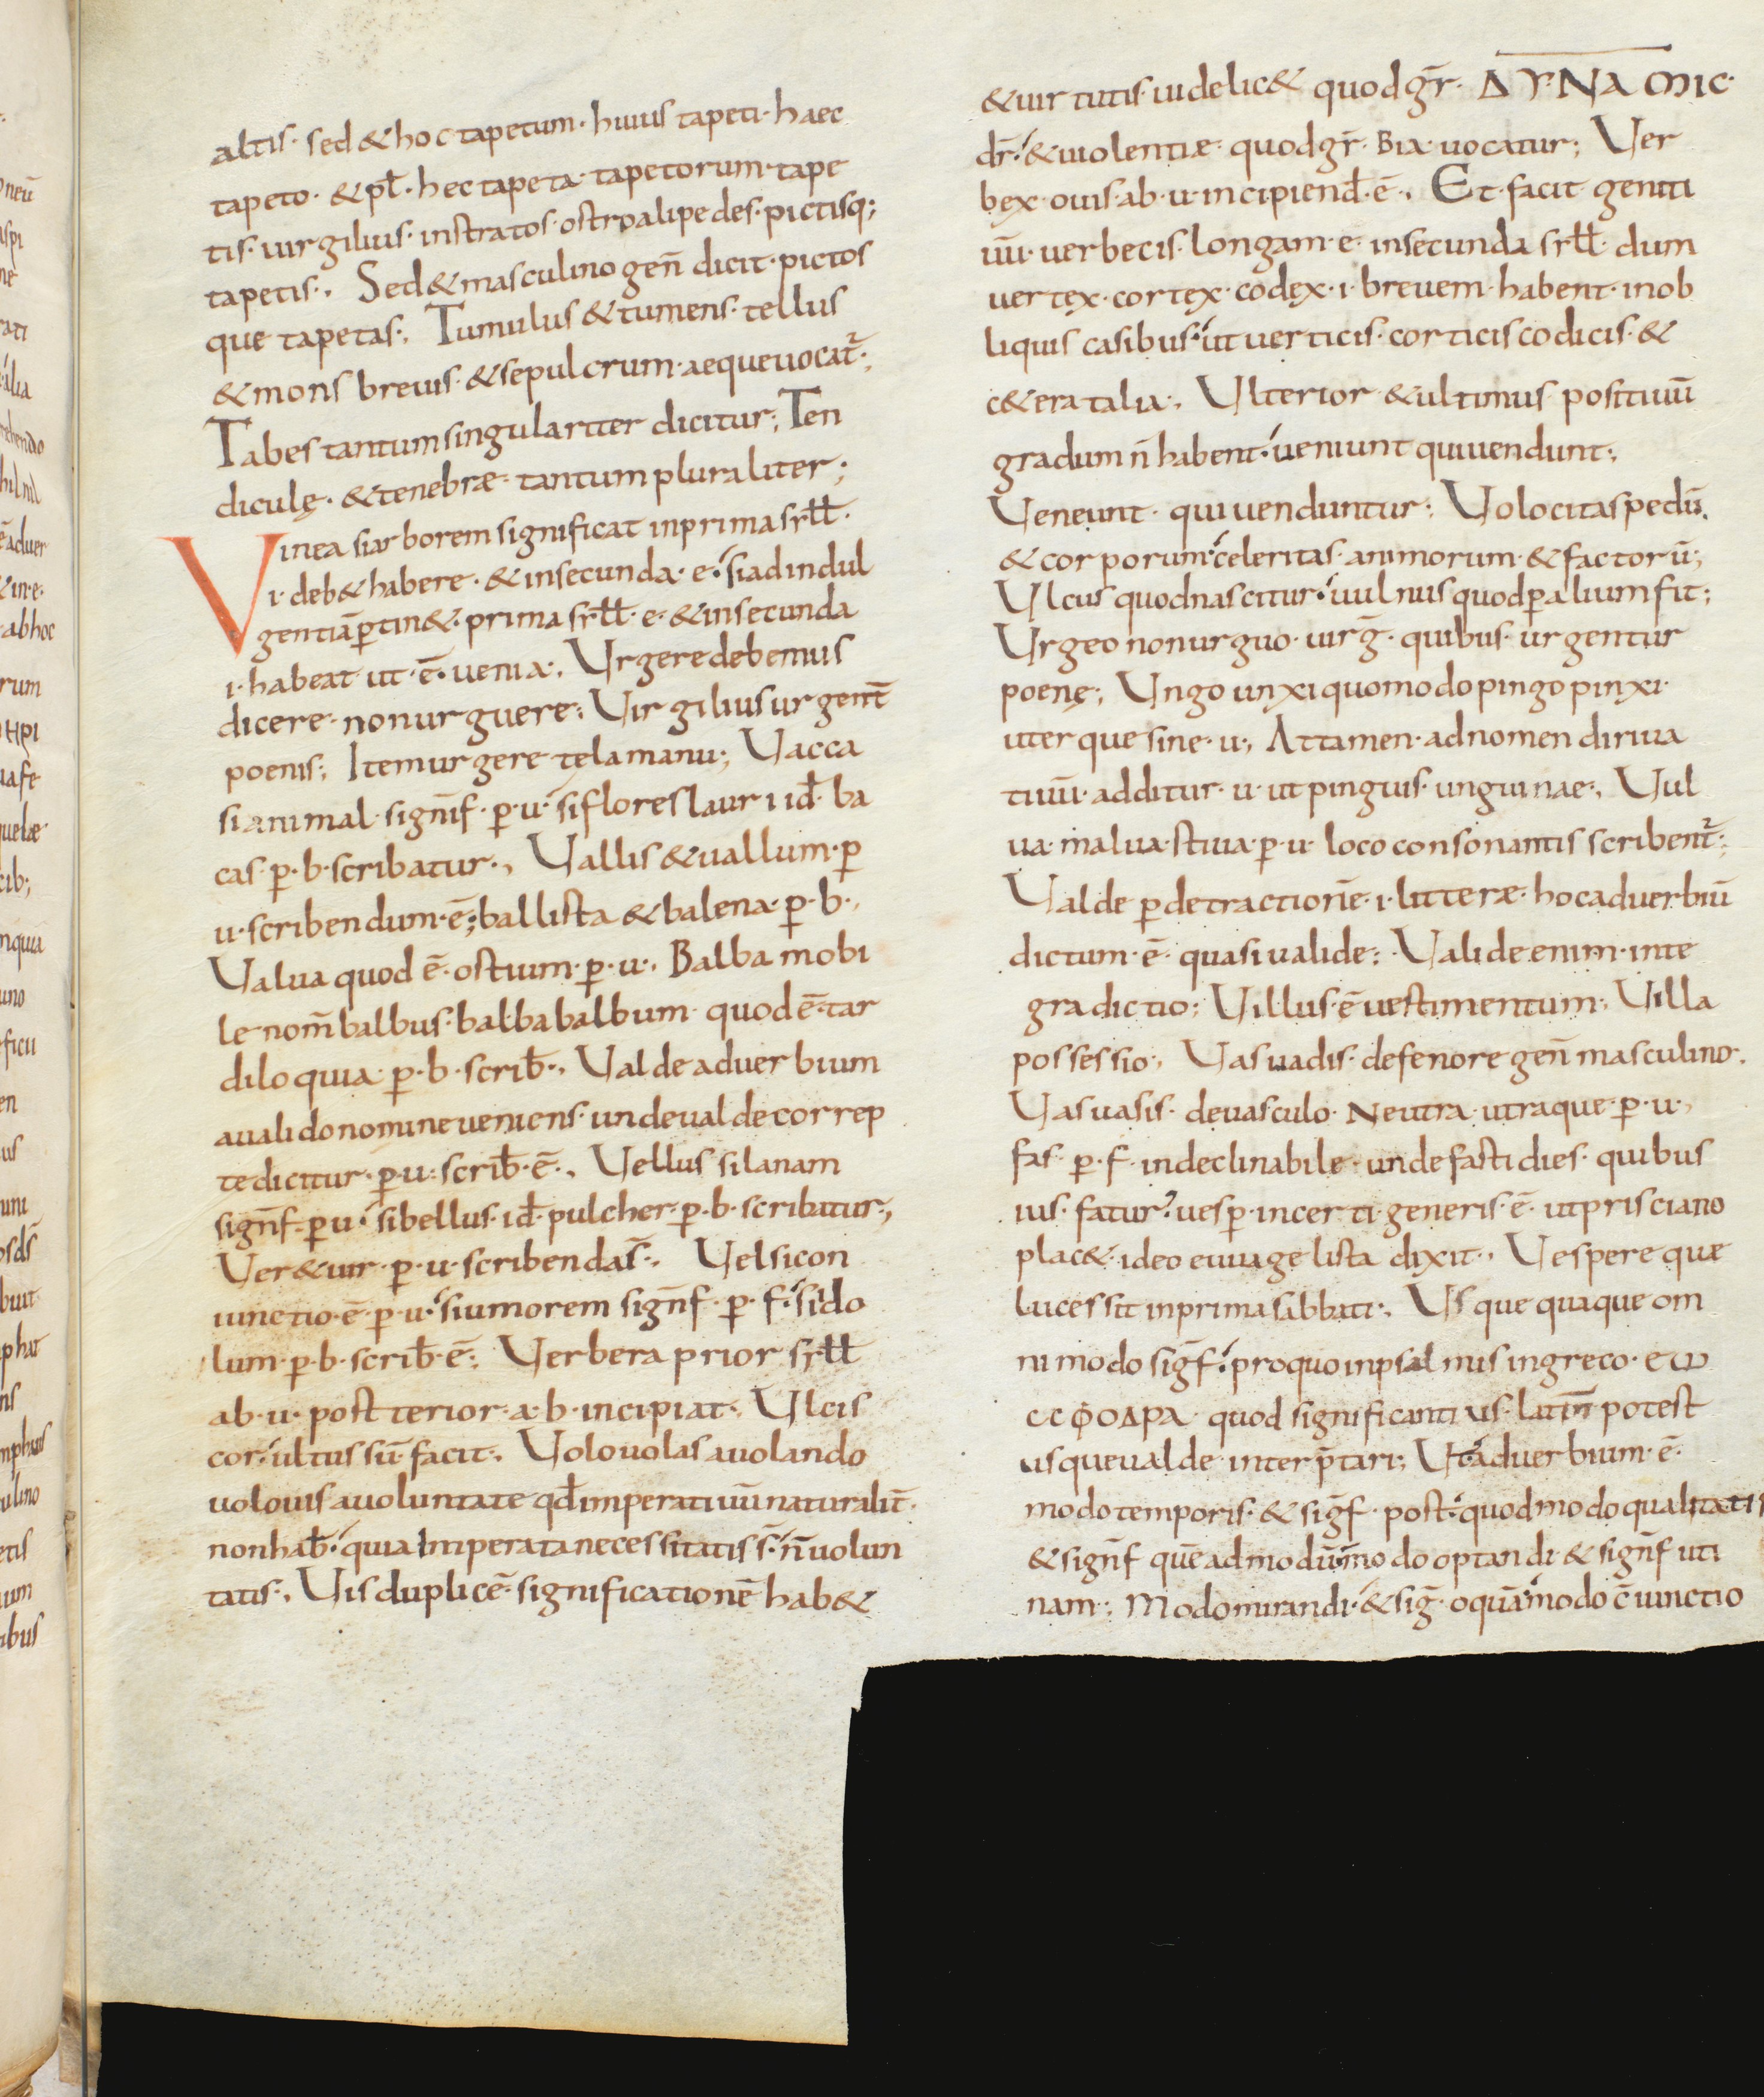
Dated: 850–899